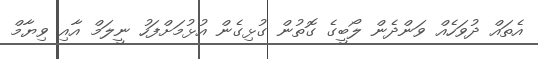
އެތައް ދުވަހެއް ވަންދެން ލޯބީގެ ގޮތުން ގުޅިގެން އުޅުމަށްފަހު ނީލަމް އާއި ވިޔާމް